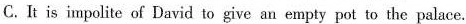
C. It is impolite of David to give an empty pot to the palace.